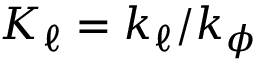
K _ { \ell } = k _ { \ell } / k _ { \phi }